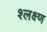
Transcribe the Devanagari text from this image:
श्लक्ष्ण